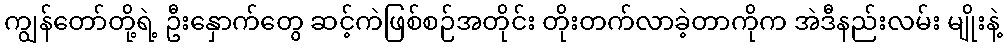
ကျွန်တော်တို့ရဲ့ ဦးနှောက်တွေ ဆင့်ကဲဖြစ်စဉ်အတိုင်း တိုးတက်လာခဲ့တာကိုက အဲဒီနည်းလမ်း မျိုးနဲ့